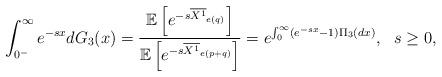
LaTeX: \begin{align*}\int_{0^-}^{\infty} e^{-s x}dG_3(x)=\frac{\mathbb E\left[e^{-s \overline{X^1}_{e(q)}}\right]}{\mathbb E\left[e^{-s \overline{X^1}_{e(p+q)}}\right]}=e^{\int_{0}^{\infty}(e^{-s x}-1) \Pi_3(dx)}, \ \ s\geq 0,\end{align*}